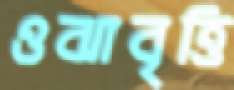
ওঝাবৃত্তি